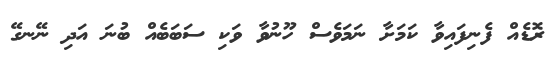
ރޮޑެއް ފެނިފައިވާ ކަމަށާ ނަަަމަވެސް ހޫނުވާ ވަކި ސަބަބެއް ބުނަ އަދި ނޭނގޭ